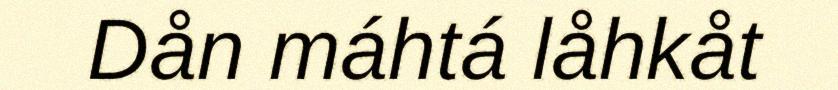
Dån máhtá låhkåt